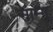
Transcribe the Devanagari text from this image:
साम्मू